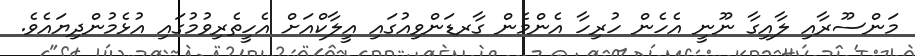
މަންސޫރާއި ލާއިގާ ނޫނީ އެހެން ހުރިހާ އެންމެން ގާރޑަންވިއުގައި އީލާކްއަށް އެހީތެރިވުމުގައި އުޅެމުންދިޔައެވެ.